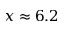
x \approx 6 . 2